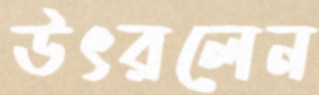
উৎরলেন